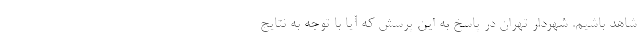
شاهد باشیم. شهردار تهران در پاسخ به این پرسش که آیا با توجه به نتایج